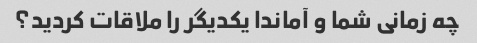
چه زمانی شما و آماندا یکدیگر را ملاقات کردید؟